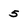
Character: 5